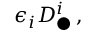
\epsilon _ { i } D _ { \bigcirc } ^ { i } \, ,